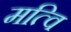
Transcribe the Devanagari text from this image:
मत्वि